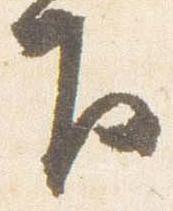
下